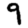
Digit: 9